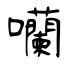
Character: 囒